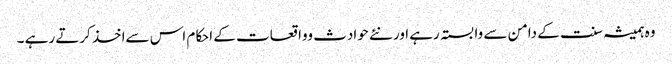
وہ ہمیشہ سنت کے دامن سے وابستہ رہے اور نئے حوادث وواقعات کے احکام اس سےاخذ کرتے رہے ۔